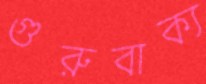
গুরুবাক্য